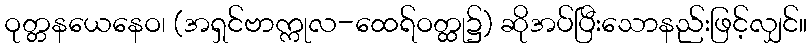
ဝုတ္တနယေနေဝ၊ (အရှင်ဗာက္ကုလ-ထေရ်ဝတ္ထု၌) ဆိုအပ်ပြီးသောနည်းဖြင့်လျှင်။